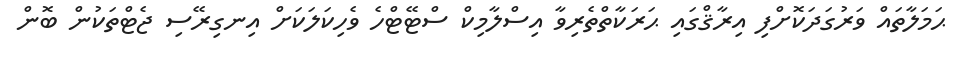
ޙަމަލާތައް ވަރުގަދަކޮށްފި އިރާޤްގައި ޙަރަކާތްތެރިވާ އިސްލާމިކް ސްޓޭޓްހެ ވެހިކަލަކަށް އިނގިރޭސި ޖެޓްތަކުން ބޮން